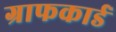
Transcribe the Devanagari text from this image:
ग्राफकार्ड